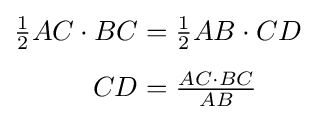
{\begin{aligned}{\tfrac {1}{2}}AC\cdot BC&={\tfrac {1}{2}}AB\cdot CD\\[4pt]CD&={\tfrac {AC\cdot BC}{AB}}\\[4pt]\end{aligned}}